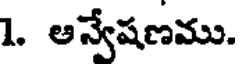
1. ఆన్వేషణము.